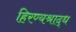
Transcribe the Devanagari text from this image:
हिरण्यश्राद्ध